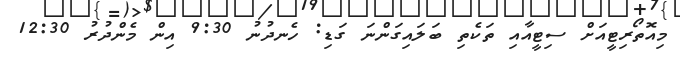
މިއޮތޯރިޓީއަށް ސިޓީއާއި ތަކެތި ބަލައިގަންނަ ގަޑި: ހެނދުނު 9:30 އިން މެންދުރު 12:30